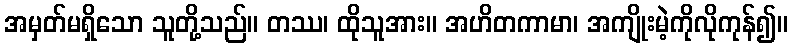
အမှတ်မရှိသော သူတို့သည်။ တဿ၊ ထိုသူအား။ အဟိတကာမာ၊ အကျိုးမဲ့ကိုလိုကုန်၍။